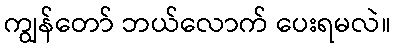
ကျွန်တော် ဘယ်လောက် ပေးရမလဲ။